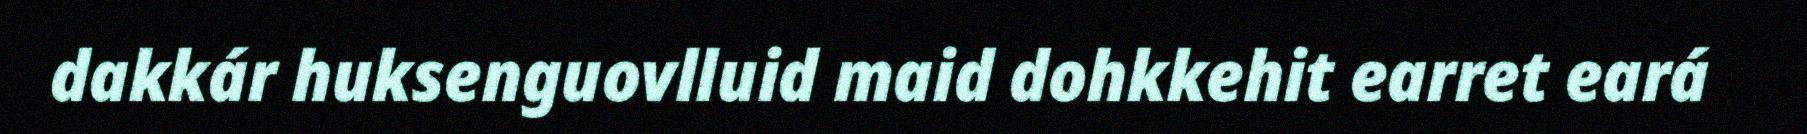
dakkár huksenguovlluid maid dohkkehit earret eará